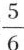
收完。若两人一起收割，多少天能收完玉米总量的 $$\frac{5}{6}7$$